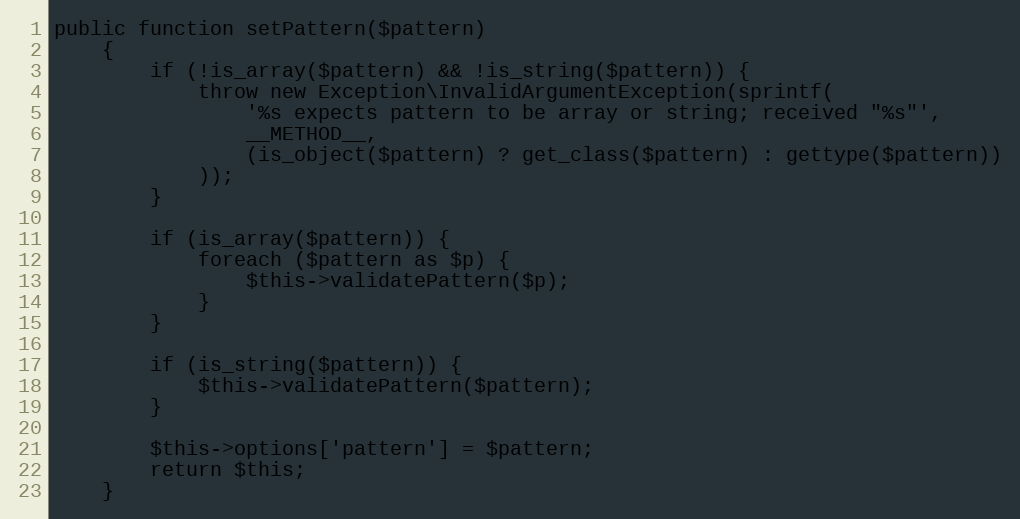
Language: PHP
public function setPattern($pattern)
    {
        if (!is_array($pattern) && !is_string($pattern)) {
            throw new Exception\InvalidArgumentException(sprintf(
                '%s expects pattern to be array or string; received "%s"',
                __METHOD__,
                (is_object($pattern) ? get_class($pattern) : gettype($pattern))
            ));
        }

        if (is_array($pattern)) {
            foreach ($pattern as $p) {
                $this->validatePattern($p);
            }
        }

        if (is_string($pattern)) {
            $this->validatePattern($pattern);
        }

        $this->options['pattern'] = $pattern;
        return $this;
    }